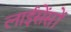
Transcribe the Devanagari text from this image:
लाईसेंसों